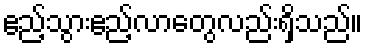
ဧည့်သွားဧည့်လာတွေလည်းရှိသည်။